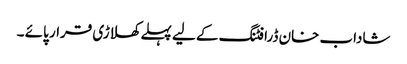
شاداب خان ڈرافٹنگ کے لیے پہلے کھلاڑی قرار پائے ۔